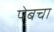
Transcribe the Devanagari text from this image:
पेबचा